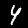
Label: 4